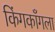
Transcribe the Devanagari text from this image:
किंगकाँगला